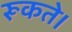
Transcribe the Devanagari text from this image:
रूकते।